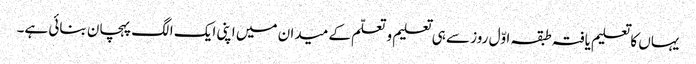
یہاں کا تعلیم یافتہ طبقہ اوّل روز سے ہی تعلیم و تعلّم کے میدان میں اپنی ایک الگ پہچان بنائی ہے۔